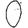
Digit: 0